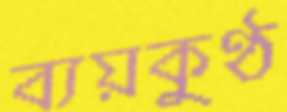
ব্যয়কুণ্ঠ